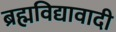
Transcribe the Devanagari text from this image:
ब्रह्मविद्यावादी